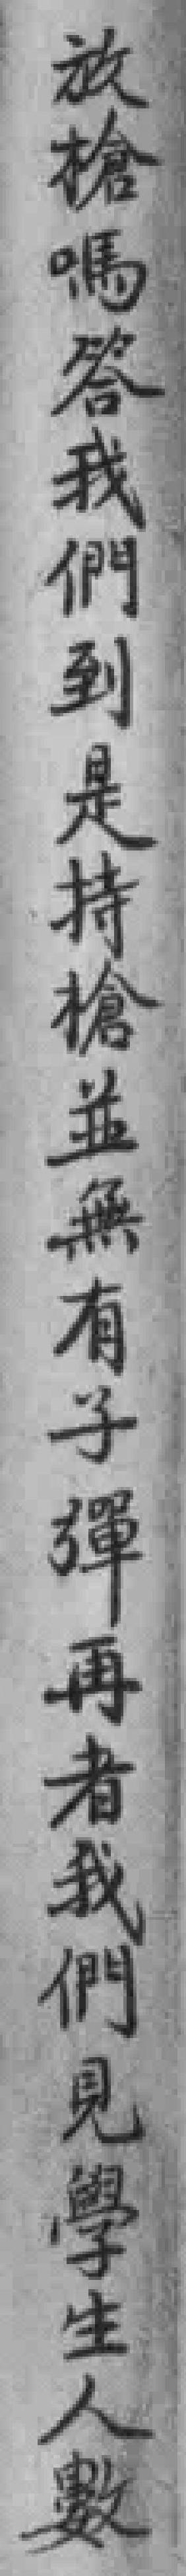
放槍嗎答我們到是持槍並無有子彈再者我們見學生人數